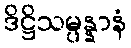
ဒိဋ္ဌိသမ္ပန္နာနံ